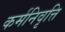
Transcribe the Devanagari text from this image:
कर्मनिवृत्ति